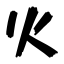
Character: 火